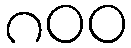
၈၀၀